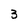
Character: 3